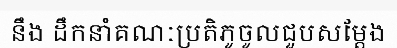
នឹង ដឹកនាំគណៈប្រតិភូចូលជួបសម្តែង